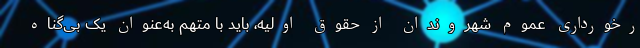
رخورداری عموم شهروندان از حقوق اولیه، باید با متهم به‌عنوان یک بی‌گناه